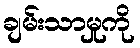
ချမ်းသာမှုကို